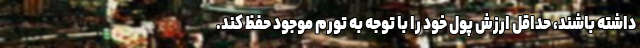
داشته باشند، حداقل ارزش پول خود را با توجه به تورم موجود حفظ کند.